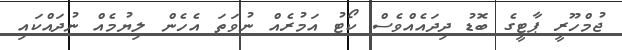
ޖުމްހޫރީ ޕާޓީގެ ބޮޑު ދިދައެއްވެސް ކޯޓު އަމުރެއް ނުވަތަ އެހެން ލިޔުމެއް ނުދައްކައި